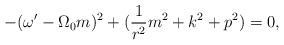
\begin{align*}- ( \omega' - \Omega_0 m)^2 + ( \frac{1}{r^2} m^2 + k^2 + p^2 ) = 0,\end{align*}